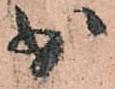
少